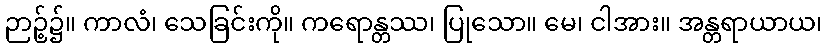
ဉာဉ့်၌။ ကာလံ၊ သေခြင်းကို။ ကရောန္တဿ၊ ပြုသော။ မေ၊ ငါအား။ အန္တရာယာယ၊